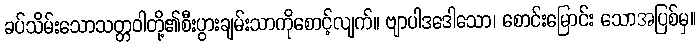
ခပ်သိမ်းသောသတ္တဝါတို့၏စီးပွားချမ်းသာကိုစောင့်လျက်။ ဗျာပါဒဒေါသော၊ စောင်းမြောင်း သောအပြစ်မှ။